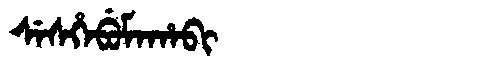
Manchu: ᠰᡝᠰᡥᡝᠪᡠᠮᠠᡥᠠᠪᡳ
Romanization: SESHEBUMAHABI